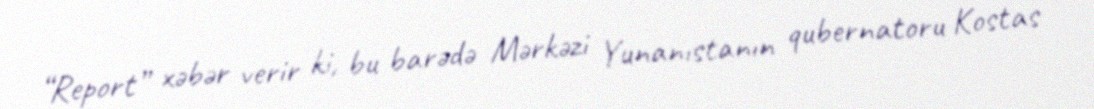
“Report” xəbər verir ki, bu barədə Mərkəzi Yunanıstanın qubernatoru Kostas